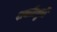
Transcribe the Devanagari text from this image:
शक्तीमुळें